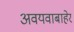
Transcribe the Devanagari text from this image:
अवयवाबाहेर